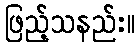
ဖြည့်သနည်း။